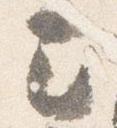
己